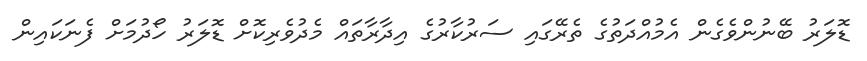
ޑޮލަރު ބޭނުންވެގެން އެމުއްދަތުގެ ތެރޭގައި ސަރުކާރުގެ އިދާރާތައް މެދުވެރިކޮށް ޑޮލަރު ހޯދުމަށް ފެނަކައިން